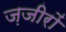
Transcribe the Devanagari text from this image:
ज़जीरों